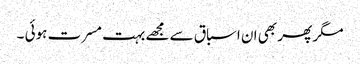
مگر پھر بھی ان اسباق سے مجھے بہت مسرت ہوئی ۔